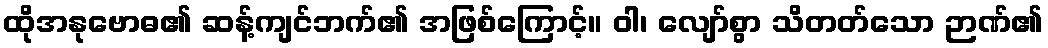
ထိုအနုဗောဓ၏ ဆန့်ကျင်ဘက်၏ အဖြစ်ကြောင့်။ ဝါ၊ လျော်စွာ သိတတ်သော ဉာဏ်၏